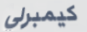
كيمبرلي